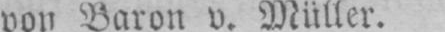
von Baron v. Müller.